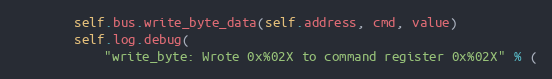
Language: Python
        self.bus.write_byte_data(self.address, cmd, value)
        self.log.debug(
            "write_byte: Wrote 0x%02X to command register 0x%02X" % (